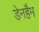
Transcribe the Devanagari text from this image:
डेनहैम